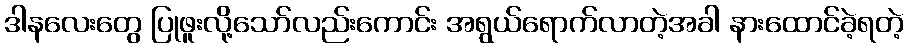
ဒါနလေးတွေ ပြုဖူးလို့သော်လည်းကောင်း အရွယ်ရောက်လာတဲ့အခါ နားထောင်ခဲ့ရတဲ့